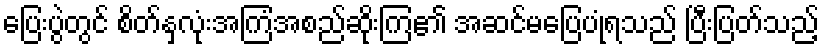
ပြေးပွဲတွင် စိတ်နှလုံးအကြံအစည်ဆိုးကြ၏ အဆင်မပြေပုံရသည် ပြီးပြတ်သည့်